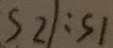
S 2 / : S 1